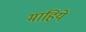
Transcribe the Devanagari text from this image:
माहिये